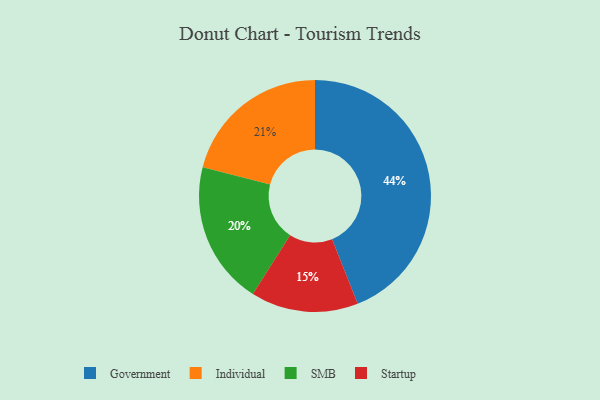
{"axis": {"x": "Category", "y": "Percentage"}, "legend": ["Government", "Individual", "SMB", "Startup"], "data": [{"x": "SMB", "y": 20, "type": "SMB"}, {"x": "Startup", "y": 15, "type": "Startup"}, {"x": "Government", "y": 44, "type": "Government"}, {"x": "Individual", "y": 21, "type": "Individual"}]}